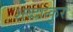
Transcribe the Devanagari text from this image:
शब्दान्कुर